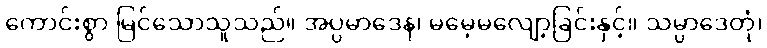
ကောင်းစွာ မြင်သောသူသည်။ အပ္ပမာဒေန၊ မမေ့မလျော့ခြင်းနှင့်။ သမ္ပာဒေတုံ၊